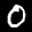
Label: 0